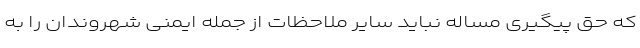
که حق پیگیری مساله نباید سایر ملاحظات از جمله ایمنی شهروندان را به